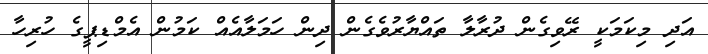
އަދި މިކަމަކީ ރޭވިގެން ދުރާލާ ތައްޔާރުވެގެން ދިން ހަމަލާއެއް ކަމުން އެމްޑިޕީގެ ހުރިހާ